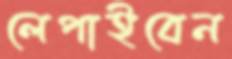
লেপাইবেন